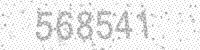
Solution: 568541